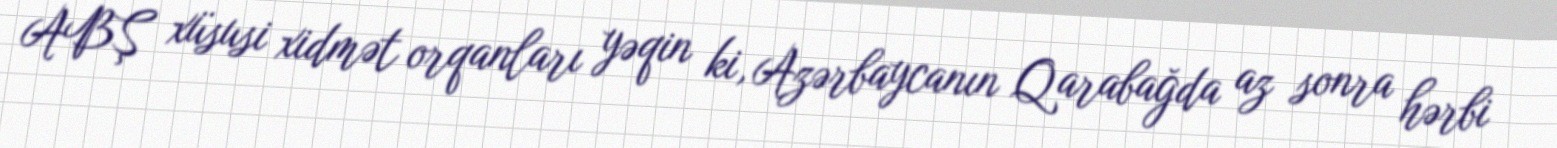
ABŞ xüsusi xidmət orqanları yəqin ki, Azərbaycanın Qarabağda az sonra hərbi